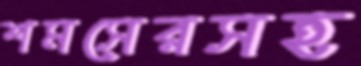
শমসেরসহ